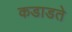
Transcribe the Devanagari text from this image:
कडाडते